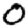
Digit: 0